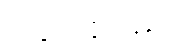
အဖွားအိုသည်